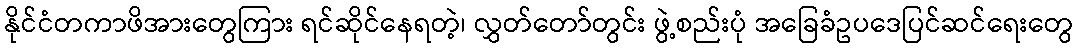
နိုင်ငံတကာဖိအားတွေကြား ရင်ဆိုင်နေရတဲ့၊ လွှတ်တော်တွင်း ဖွဲ့စည်းပုံ အခြေခံဥပဒေပြင်ဆင်ရေးတွေ